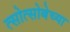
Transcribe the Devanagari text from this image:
त्सोत्सोबेच्या